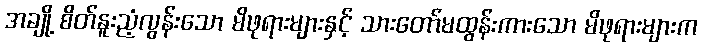
အချို့ စိတ်နူးညံ့လွန်းသော မိဖုရားများနှင့် သားတော်မထွန်းကားသော မိဖုရားများက